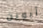
أبوين